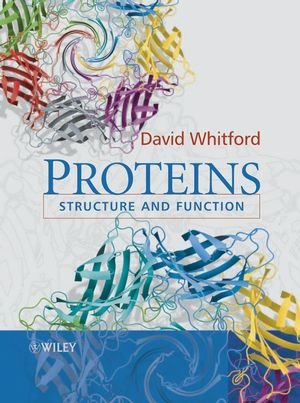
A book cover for Proteins: Structure and Function; David Whitford; Medical Books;